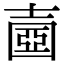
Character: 𡔶